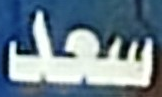
سعد